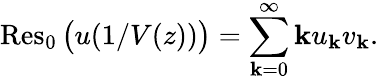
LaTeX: \operatorname{Res}_{0}{\big(}u(1/V(z)){\big)}=\sum_{\mathbf{k}=0}^{\infty}\mathbf{k}u_{\mathbf{k}}v_{\mathbf{k}}.